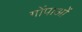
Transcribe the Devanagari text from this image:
गोंपाओं